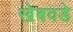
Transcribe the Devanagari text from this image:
खेबवडे